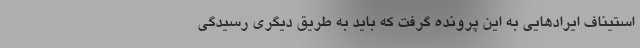
استیناف ایرادهایی به این پرونده گرفت که باید به طریق دیگری رسیدگی